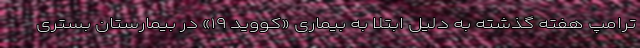
ترامپ هفته گذشته به دلیل ابتلا به بیماری «کووید ۱۹» در بیمارستان بستری